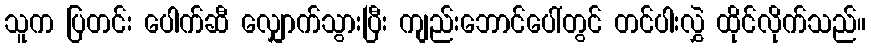
သူက ပြတင်း ပေါက်ဆီ လျှောက်သွားပြီး ကျည်းဘောင်ပေါ်တွင် တင်ပါးလွှဲ ထိုင်လိုက်သည်။